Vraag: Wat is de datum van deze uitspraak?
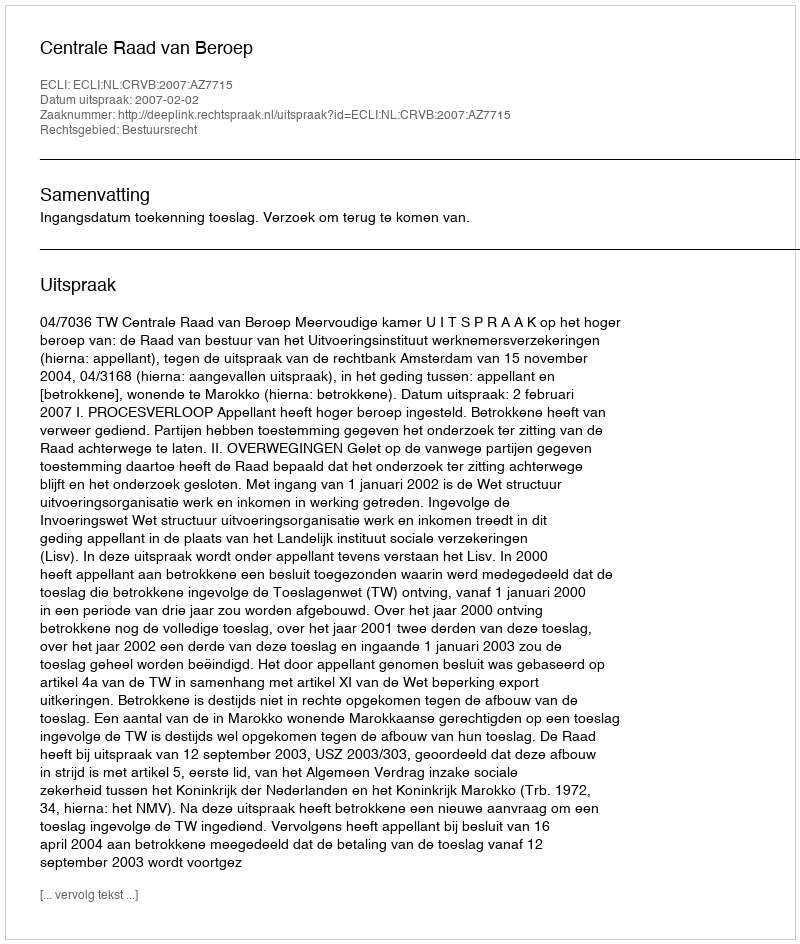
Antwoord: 2007-02-02